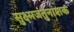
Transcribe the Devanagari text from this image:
सुक्ष्मजंतुनाशक